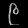
Digit: ၉